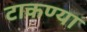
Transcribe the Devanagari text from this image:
टाकण्या